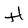
Character: H